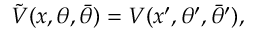
\tilde { V } ( x , \theta , \bar { \theta } ) = V ( x ^ { \prime } , \theta ^ { \prime } , \bar { \theta } ^ { \prime } ) ,